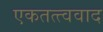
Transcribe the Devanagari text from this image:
एकतत्त्ववाद